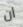
ان